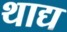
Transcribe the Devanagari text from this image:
थाद्य